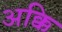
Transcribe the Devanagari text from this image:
अक्कि